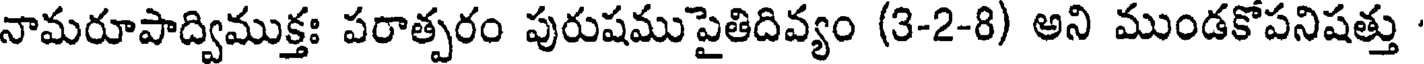
నామరూపాద్విముక్తః పరాత్పరం పురుషముపైతిదివ్యం (3-2-8) అని ముండకోపనిషత్తు